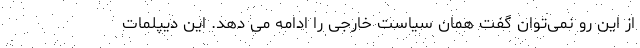
از این رو نمی‌توان گفت همان سیاست خارجی را ادامه می دهد. این دیپلمات